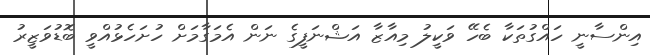
އިންސާނީ ހައްގުތަކާ ބެހޭ ވަކީލު މިއާޒާ އަޝްނަފީގެ ނަން އެމަގާމަށް ހުށަހެޅުއްވީ ބޮޑުވަޒީރު